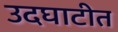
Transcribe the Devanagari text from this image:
उदघाटीत